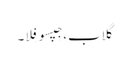
گلاب، جِپسو فِلا۔